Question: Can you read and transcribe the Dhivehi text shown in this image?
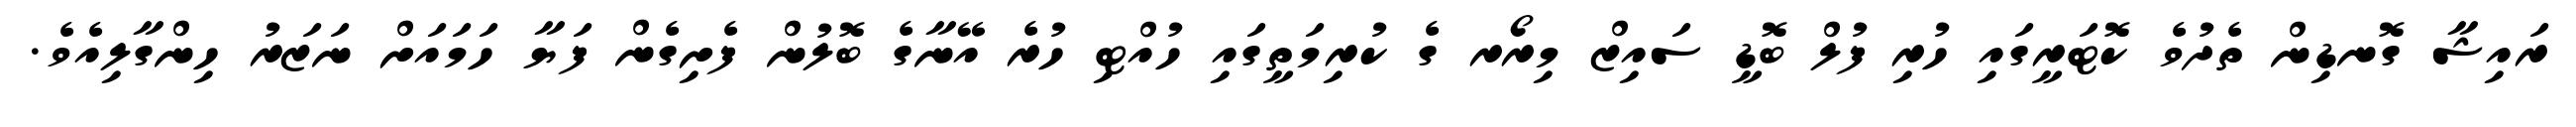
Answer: ރައިޝާ ގޮނޑިން ތެދުވެ ކޮޓަރީގައި ހުރި ފުލް ބޮޑީ ސައިޒް މިރޯރ ގެ ކުރިމަތީގައި ހުއްޓި ހުރެ އޭނާގެ ބޮލުން ފެށިގެން ފަޔާ ހަމައަށް ނަޒަރު ހިންގާލިއެވެ.